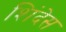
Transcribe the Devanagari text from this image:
शिंदेस